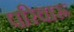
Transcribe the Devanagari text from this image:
परिवारू